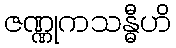
ဇဏ္ဏုကသန္ဓီဟိ